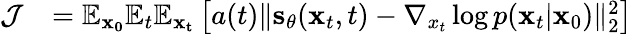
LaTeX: \begin{array}{rl}{\mathcal{J}}&{=\mathbb{E}_{\mathbf{x_{0}}}\mathbb{E}_{t}\mathbb{E}_{\mathbf{x_{t}}}\left[a(t)\lVert\mathbf{s}_{\theta}(\mathbf{x}_{t},t)-\nabla_{x_{t}}\log p(\mathbf{x}_{t}|\mathbf{x}_{0})\rVert_{2}^{2}\right]}\end{array}